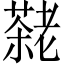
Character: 𫅷